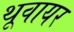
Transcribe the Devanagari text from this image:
थूवायर